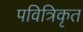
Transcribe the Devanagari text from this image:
पवित्रिकृत